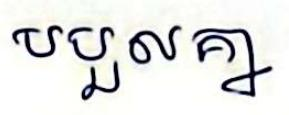
បបួលគ្នា